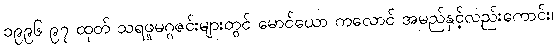
၁၉၉၆ ၉၇ ထုတ် သရဖူမဂ္ဂဇင်းများတွင် မောင်ယော ကလောင် အမည်နှင့်လည်းကောင်း၊